Bulletin of the Pasteur Institute of Southern India, Coonoor - No. 3.
Year: 1910
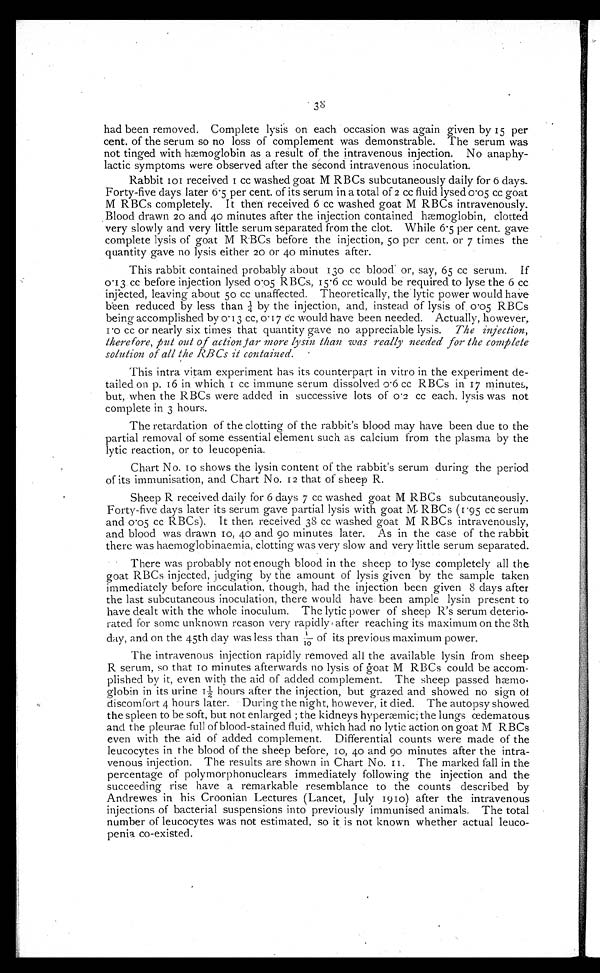
had been removed. Complete lysis on each occasion was again given by 15 per
cent of the serum so no loss of complement was demonstrable. The serum was
not tinged with hæmoglobin as a result of the intravenous injection. No anaphy-
lactic symptoms were observed after the second intravenous inoculation.
Rabbi t 101 r ecei ved 1 cc washed goat M RBCs subcut aneousl y dai l y f or 6 days.
Forty-five days later 6 . 5 per cent of its serum in a total of 2 cc fluid lysed o .o5 cc goat
M RBCs completely. It then received 6 cc washed goat M RBCs intravenously.
Blood drawn 20 and 40 minutes after the injection contained hæmoglobin, clotted
very slowly and very little serum separated from the clot. While 6 . 5 per cent. gave
complete lysis of goat M RBCs before the injection, 50 per cent. or 7 times the
quantity gave no lysis either 20 or 40 minutes after.
This rabbit contained probably about 130 cc blood or, say, 65 cc serum. If
0 . 13 cc before injection lysed 0.05 RBCs, 15 . 6 cc would be required to lyse the 6 cc
injected, leaving about 50 cc unaffected. Theoretically, the lytic power would have
been reduced by less than by the injection, and, instead of lysis of . 0 .05 RBCs
being accomplished by 0.I 3 cc, 0. I 7 cc would have been needed. Actually, however,
1 .0 cc or nearly six times that quantity gave no appreciable lysis. The injection,
therefore, put out of action far more lysin than was really needed for the complete
solution of all the RBCs it contained.
This intra vitam experiment has its counterpart in vitro in the experiment de-
tailed on p. 16 in which. 1 cc immune serum dissolved o . 6 c c R B C s i n 1 7 m i n u t e s ,
but, when the RBCs were added in successive lots of 0 . 2 cc each, lysis was not
complete in 3 hours.
The retardation of the clotting of the rabbit's blood may have been due to the
partial removal of some essential element such as calcium from the plasma by the
lytic reaction, or to leucopenia.
Chart No. 10 shows the lysin content of the rabbit's serum during the period
of its immunisation, and Chart No. 12 that of sheep R.
Sheep R received daily for 6 days 7 cc washed goat M RBCs subcutaneously.
Forty-five days later its serum gave partial lysis with goat M RBCs (1.95 cc serum
and o .o5 cc RBCs). It then received 38 cc washed goat M RBCs intravenously,.
and blood was drawn 10, 40 and 9.0 minutes later. As in the case of the rabbit
there was haemoglobinaemia, clotting was very slow and very little serum separated.
There was probably not enough. blood in the sheep to lyse completely all the
goat RBCs injected, judging by the amount of lysis given by the sample taken
immediately before inoculation, though, had the injection been given 8 days after
the last subcutaneous inoculation, there would have been ample lysin present to
have dealt with the whole inoculum. The lytic power of sheep R's serum deterio-
rated for some unknown reason very rapidly after reaching its maximum on the 8th
day, and on the 45th day was less than 1/10 its previous maximum power.
The intravenous injection rapidly removed all the available lysin from sheep.
R serum, so that 10 minutes afterwards no lysis of goat M RBCs could be accom-
plished by it, even with. the aid of added complement. The sheep passed hæmo-
globin in its urine 12 hours after the injection, but grazed and showed no sign of
discomfort 4 hours later. During the night, however, it died. The autopsy showed
the spleen to be soft, but not enlarged ; the kidneys hyperæmic; the lungs œdematous
and the pleurae full of blood-stained fluid, which had no lytic action on goat M RBCs
even with. the aid of added complement. Differential counts were made of the
leucocytes in the blood of the sheep before, 10, 40 and 90 minutes after the intra-
venous injection. The results are shown in Chart No. 11. The marked fall in the
percentage of polymorphonuclears immediately following the injection and the
succeeding rise have a remarkable resemblance to the counts described by
Andrewes in his Croonian Lectures (Lancet, July 1910) after the intravenous
injections of bacterial suspensions into previously immunised animals. The total
number of leucocytes was not estimated, so it is not known whether actual leuco-
penia co-existed.